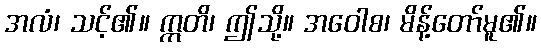
အလံ၊ သင့်၏။ ဣတိ၊ ဤသို့။ အဝေါစ၊ မိန့်တော်မူ၏။